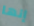
إنها